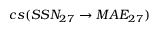
c s ( S S N _ { 2 7 } \rightarrow M A E _ { 2 7 } )